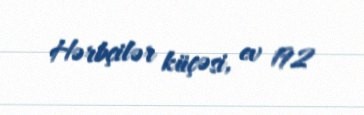
Hərbçilər küçəsi, ev 192